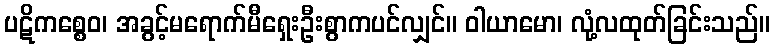
ပဋိကစ္စေဝ၊ အခွင့်မရောက်မီရှေးဦးစွာကပင်လျှင်။ ဝါယာမော၊ လုံ့လထုတ်ခြင်းသည်။